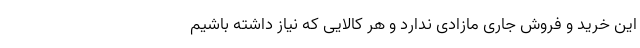
این خرید و فروش جاری مازادی ندارد و هر کالایی که نیاز داشته باشیم